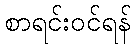
စာရင်းဝင်ရန်